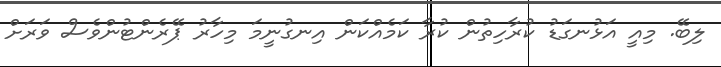
ލިބޭ. މިއީ އަޅުނގަޑު ކުރާހިތުން ކުރާ ކަމެއްކަން އިނގުނީމަ މިހާރު ޕޭރެންޓުންވެސް ވަރަށް